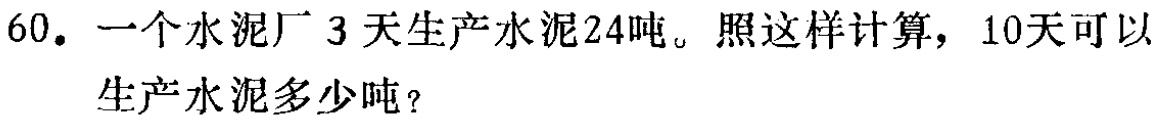
60. 一个水泥厂 3 天生产水泥24吨。照这样计算，10天可以生产水泥多少吨？